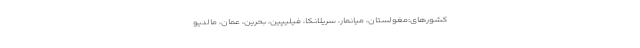
کشورهای:مغولستان، میانمار، سریلانکا، فیلیپین، بحرین، عمان، مالدیو